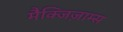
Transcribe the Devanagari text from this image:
मैक्जिज़ाम्स